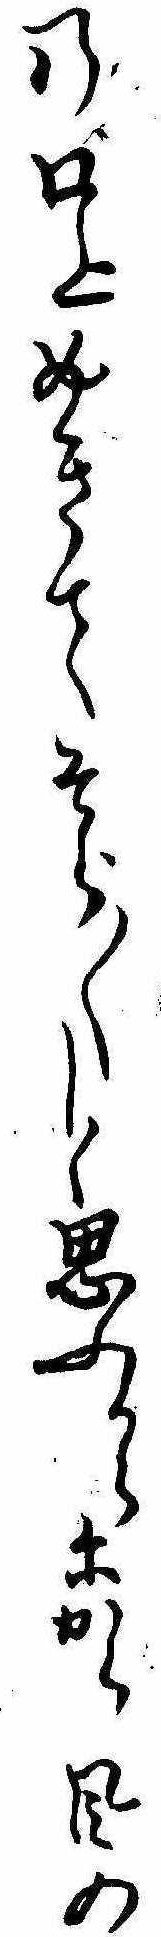
の口上めきてそら〱しく思ふからにから風の